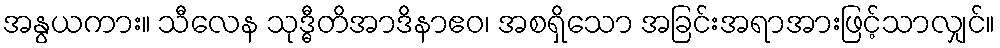
အနွယကား။ သီလေန သုဒ္ဓီတိအာဒိနာဧဝ၊ အစရှိသော အခြင်းအရာအားဖြင့်သာလျှင်။